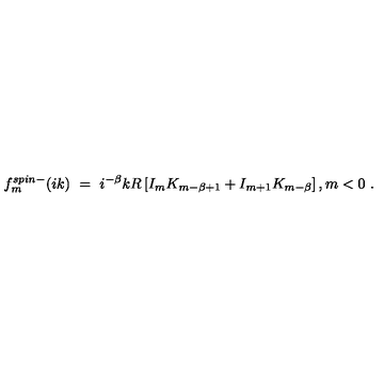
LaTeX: f _ { m } ^ { s p i n - } ( i k ) \ = \ i ^ { - \beta } k R \left[ I _ { m } K _ { m - \beta + 1 } + I _ { m + 1 } K _ { m - \beta } \right] , m < 0 \ .